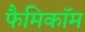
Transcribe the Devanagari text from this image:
फैमिकॉम